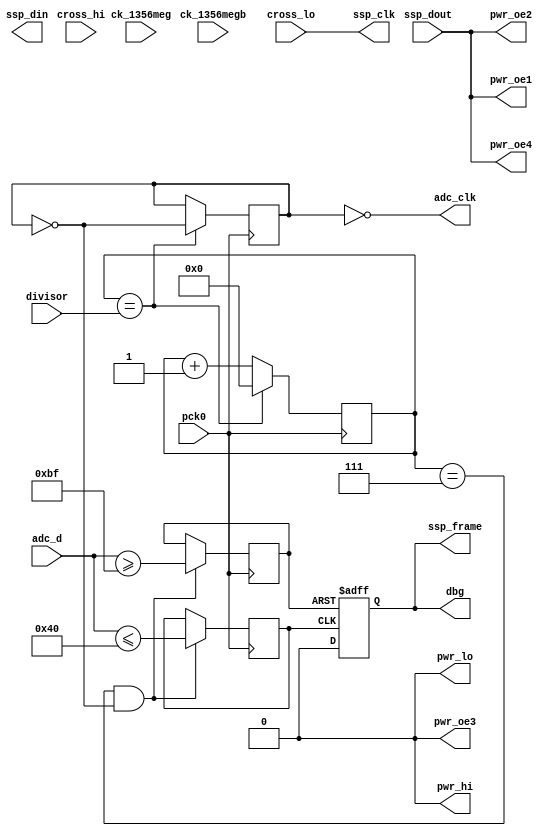
module lo_simulate_1(
    pck0, ck_1356meg, ck_1356megb,
    pwr_lo, pwr_hi, pwr_oe1, pwr_oe2, pwr_oe3, pwr_oe4,
    adc_d, adc_clk,
    ssp_frame, ssp_din, ssp_dout, ssp_clk,
    cross_hi, cross_lo,
    dbg,
     divisor
);
    input pck0, ck_1356meg, ck_1356megb;
    output pwr_lo, pwr_hi, pwr_oe1, pwr_oe2, pwr_oe3, pwr_oe4;
    input [7:0] adc_d;
    output adc_clk;
    input ssp_dout;
    output ssp_frame, ssp_din, ssp_clk;
    input cross_hi, cross_lo;
    output dbg;
     input [7:0] divisor;
assign pwr_oe3 = 1'b0;
assign pwr_oe1 = ssp_dout;
assign pwr_oe2 = ssp_dout;
assign pwr_oe4 = ssp_dout;
assign ssp_clk = cross_lo;
assign pwr_lo = 1'b0;
assign pwr_hi = 1'b0;
assign dbg = ssp_frame;
reg [7:0] pck_divider;
reg clk_state;
always @(posedge pck0)
begin
    if(pck_divider == divisor[7:0])
        begin
            pck_divider <= 8'd0;
            clk_state = !clk_state;
        end
    else
    begin
        pck_divider <= pck_divider + 1;
    end
end
assign adc_clk = ~clk_state;
reg is_high;
reg is_low;
reg output_state;
always @(posedge pck0)
begin
    if((pck_divider == 8'd7) && !clk_state) begin
        is_high = (adc_d >= 8'd191);
        is_low = (adc_d <= 8'd64);
    end
end
always @(posedge is_high or posedge is_low)
begin
    if(is_high)
        output_state <= 1'd1;
    else if(is_low)
        output_state <= 1'd0;
end
assign ssp_frame = output_state;
endmodule